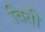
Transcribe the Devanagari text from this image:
बिती